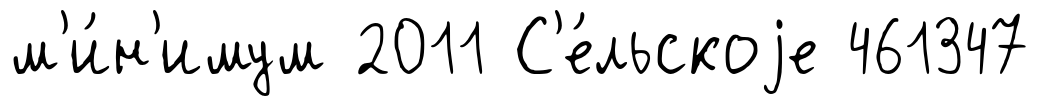
м'и́н'имум 2011 С'е́льскоjе 461347